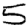
Digit: 5